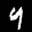
Label: 4